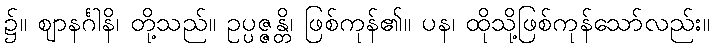
၌။ ဈာနင်္ဂါနိ၊ တို့သည်။ ဥပ္ပဇ္ဇန္တိ၊ ဖြစ်ကုန်၏။ ပန၊ ထိုသို့ဖြစ်ကုန်သော်လည်း။